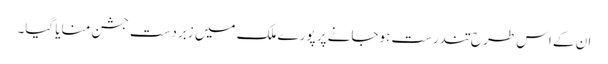
ان کے اس طرح تندرست ہوجانے پر پورے ملک میں زبردست جشن منایا گیا۔